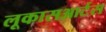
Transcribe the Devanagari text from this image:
लूकासआर्टस